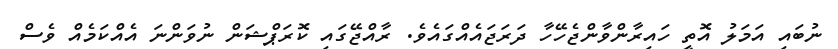
ނުބައި އަމަލު އޮތީ ހައިރާންވާންޖެހޭހާ ދަރަޖައެއްގައެވެ. ރާއްޖޭގައި ކޮރަޕްޝަން ނުވަންނަ އެއްކަމެއް ވެސް